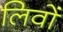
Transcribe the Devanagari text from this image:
लिवों